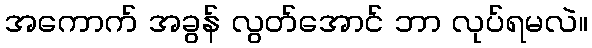
အကောက် အခွန် လွတ်အောင် ဘာ လုပ်ရမလဲ။